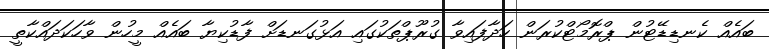
ބައެއް ކެނޑިޑޭޓުން ޕްރޮމޯޓްކުރަން ހަދާފައިވާ ގުރޫޕްތަކުގައި އަޅުގަނޑަށް ފާޑުކިޔާ ބައެއް މީހުން ވާހަކަދައްކާތީ